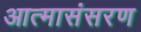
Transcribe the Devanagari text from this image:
आत्मासंसरण